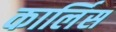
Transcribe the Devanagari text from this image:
कार्लिस